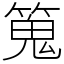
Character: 䈭